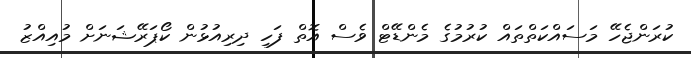
ކުރަންޖެހޭ މަސައްކަތްތައް ކުުރުމުގެ މެންޑޭޓް ވެސް އޮތް ފަހި ދިރިއުޅުން ކޯޕަރޭޝަނަށް މުއިއްޒު